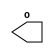
module a(o);
    wire x;
    output o;
    assign o = b.y;
endmodule
module b(i);
    wire y;
    input i;
    assign a.x = i;
endmodule